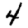
Digit: 4